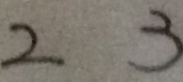
2 3